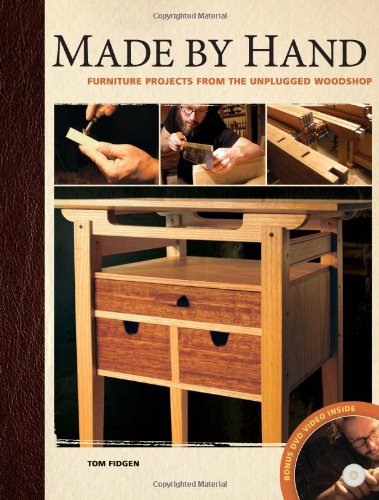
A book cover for Made by Hand: Furniture Projects from the Unplugged Woodshop; Tom Fidgen; Arts & Photography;